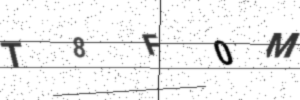
Text: T8F0M